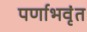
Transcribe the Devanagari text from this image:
पर्णाभवृंत